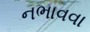
નભાવવા